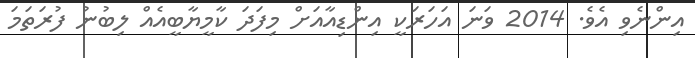
އިންނެވި އެވެ. 2014 ވަނަ އަހަރަކީ އިންޑިއާއަށް މިފަދަ ކާމީޔާބީއެއް ލިބުނު ފުރަތަމަ